画像に写った文字を読んでください
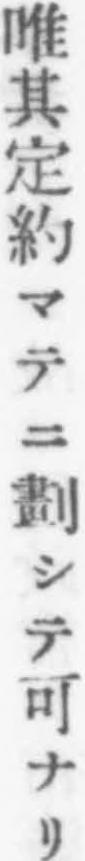
「唯其定約マテニ劃シテ可ナリ」と書いてあります